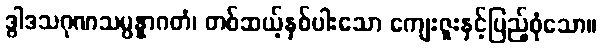
ဒွါဒသဂုဏသမ္ပန္နာဂတံ၊ တစ်ဆယ့်နှစ်ပါးသော ကျေးဇူးနှင့်ပြည့်စုံသော။